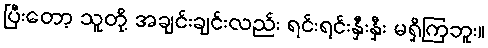
ပြီးတော့ သူတို့ အချင်းချင်းလည်း ရင်းရင်းနှီးနှီး မရှိကြဘူး။